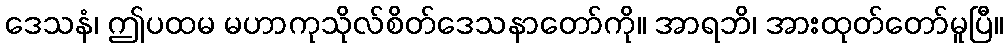
ဒေသနံ၊ ဤပထမ မဟာကုသိုလ်စိတ်ဒေသနာတော်ကို။ အာရဘိ၊ အားထုတ်တော်မူပြီ။